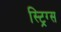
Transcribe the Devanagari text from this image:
स्ट्रिग्स